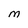
Character: M